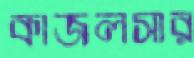
কাজলসার